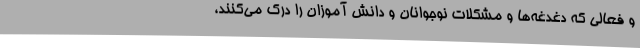
و فعالی که دغدغه‌ها و مشکلات نوجوانان و دانش آموزان را درک می‌کنند،